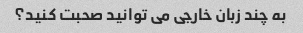
به چند زبان خارجی می توانید صحبت کنید؟